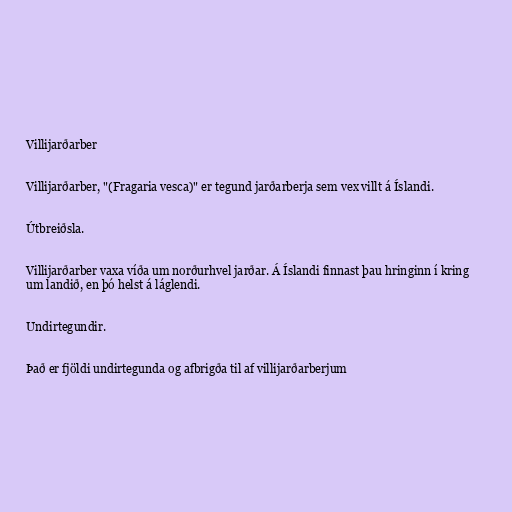
Villijarðarber

Villijarðarber, "(Fragaria vesca)" er tegund jarðarberja sem vex villt á Íslandi.

Útbreiðsla.

Villijarðarber vaxa víða um norðurhvel jarðar. Á Íslandi finnast þau hringinn í kring
um landið, en þó helst á láglendi.

Undirtegundir.

Það er fjöldi undirtegunda og afbrigða til af villijarðarberjum